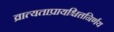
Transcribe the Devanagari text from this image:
व्रात्यताप्रायश्चित्तनिर्णय